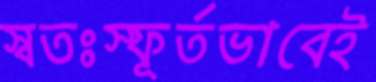
স্বতঃস্ফূর্তভাবেই